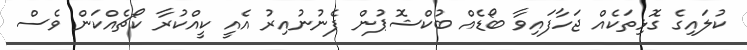
ކުލައިގެ ގޮޅިތަކެއް ޖަހާފައިވާ ބޯޑެއް ބުކްޝޮޕުން ފެނުނުއިރު އެއީ ކީއްކުރާ ކޯޗެއްކަން ވެސް